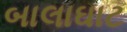
બાલાઘાટ